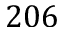
2 0 6